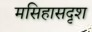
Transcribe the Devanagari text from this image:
मसिहासदृश